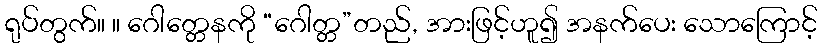
ရုပ်တွက်။ ။ ဂေါတ္တေနကို “ဂေါတ္တ”တည်, အားဖြင့်ဟူ၍ အနက်ပေး သောကြောင့်